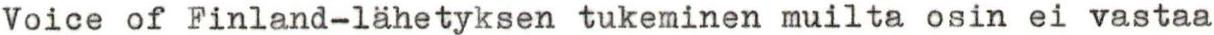
Voice of Finland-lähetyksen tukeminen muilta osin ei vastaa